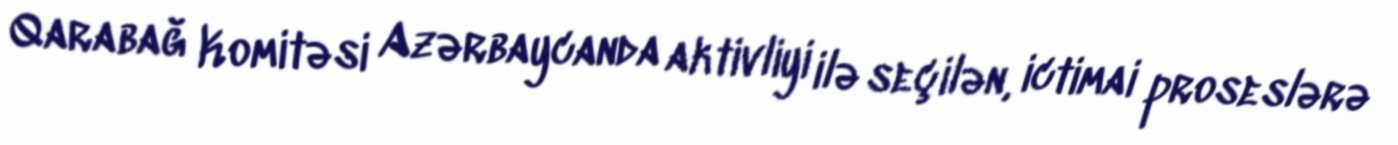
Qarabağ Komitəsi Azərbaycanda aktivliyi ilə seçilən, ictimai proseslərə